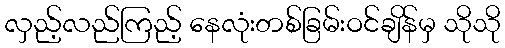
လှည့်လည်ကြည့် နေလုံးတစ်ခြမ်းဝင်ချိန်မှ သိုသို